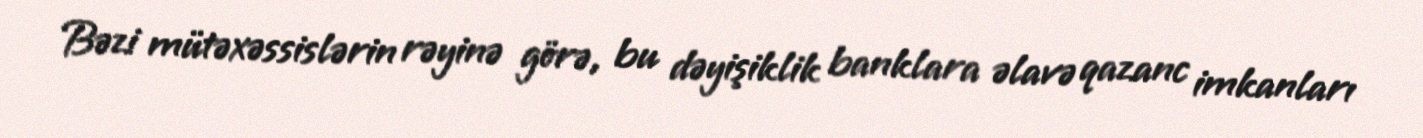
Bəzi mütəxəssislərin rəyinə görə, bu dəyişiklik banklara əlavə qazanc imkanları